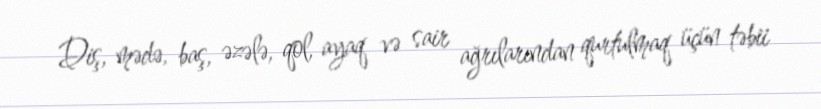
Diş, mədə, baş, əzələ, qol, ayaq və sair ağrılarından qurtulmaq üçün təbii